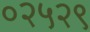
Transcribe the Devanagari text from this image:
०२५२९